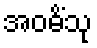
အဝဓိံသု